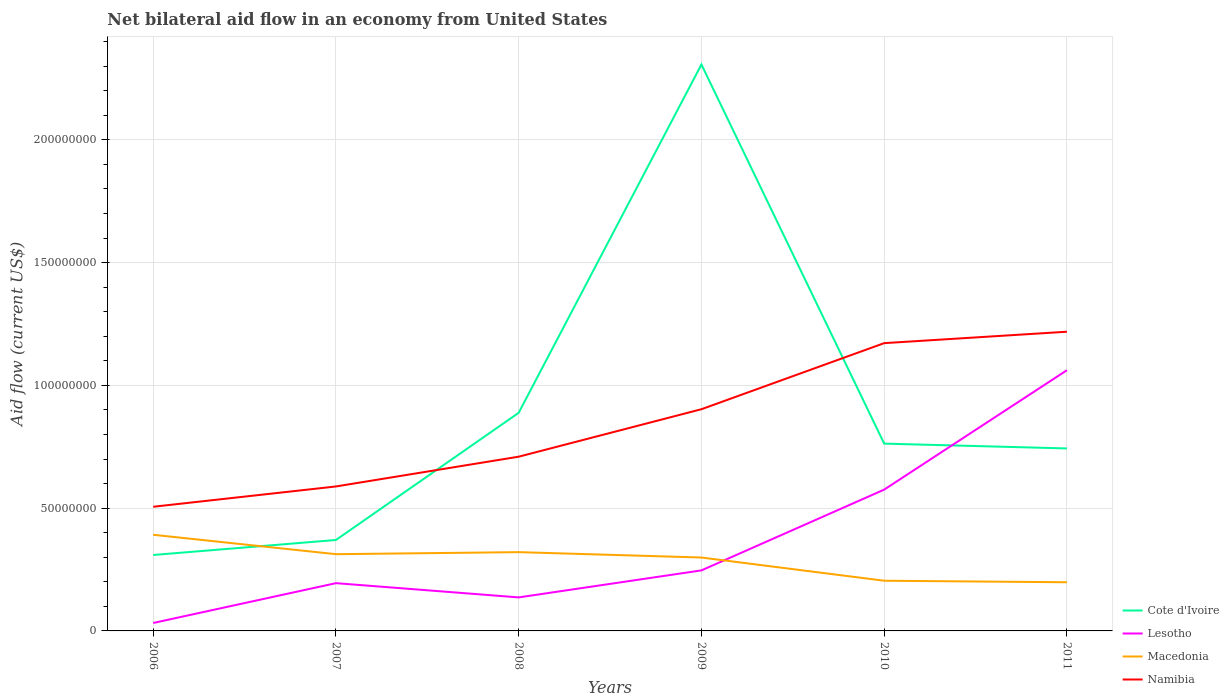
| Years | Cote d'Ivoire | Lesotho | Macedonia | Namibia |
 | --- | --- | --- | --- | --- |
 | 2006 | 3.09e+07 | 3.23e+06 | 3.92e+07 | 5.06e+07 |
 | 2007 | 3.7e+07 | 1.94e+07 | 3.12e+07 | 5.88e+07 |
 | 2008 | 8.88e+07 | 1.36e+07 | 3.21e+07 | 7.1e+07 |
 | 2009 | 2.31e+08 | 2.46e+07 | 2.99e+07 | 9.03e+07 |
 | 2010 | 7.63e+07 | 5.75e+07 | 2.04e+07 | 1.17e+08 |
 | 2011 | 7.43e+07 | 1.06e+08 | 1.98e+07 | 1.22e+08 |